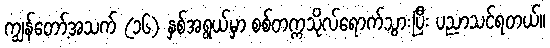
ကျွန်တော့်အသက် (၁၆) နှစ်အရွယ်မှာ စစ်တက္ကသိုလ်ရောက်သွားပြီး ပညာသင်ရတယ်။